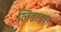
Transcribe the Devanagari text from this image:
लिडाइस